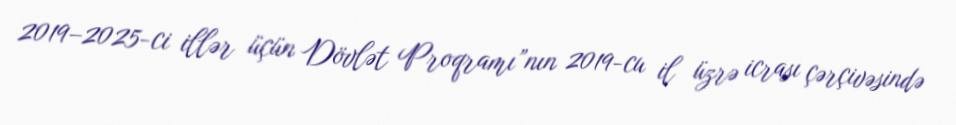
2019–2025-ci illər üçün Dövlət Proqramı”nın 2019-cu il üzrə icrası çərçivəsində